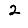
Digit: 2